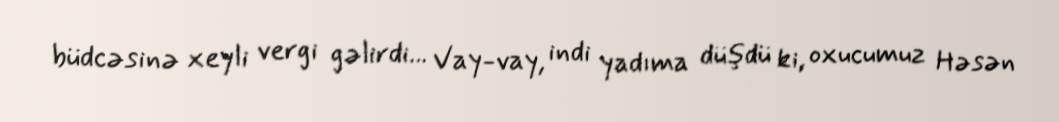
büdcəsinə xeyli vergi gəlirdi... Vay-vay, indi yadıma düşdü ki, oxucumuz Həsən